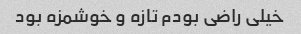
خیلی راضی بودم تازه و خوشمزه بود